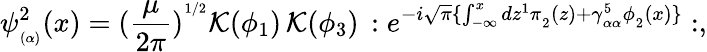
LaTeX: \psi_{_{(\alpha)}}^{2}(x)=(\frac{\mu}{2\pi})^{^{1/2}}{\cal K}(\phi_{1})\, {\cal K}(\phi_{3})\, :e^{-i\sqrt{\pi}\{ \int_{-\infty}^{x}dz^{1}\pi_{_2}(z)+\gamma_{_{\alpha\alpha}}^{5}\phi_{_2}(x)\} }:,